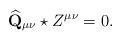
LaTeX: \begin{align*}\widehat{\mathbf{Q}}_{\mu \nu }\star Z^{\mu \nu }=0.\end{align*}